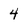
Character: 4